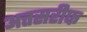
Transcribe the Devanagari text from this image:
अत्तसरीफ